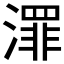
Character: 𣿓